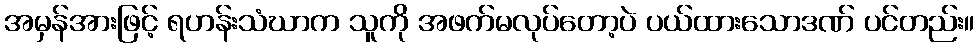
အမှန်အားဖြင့် ရဟန်းသံဃာက သူကို အဖက်မလုပ်တော့ပဲ ပယ်ထားသောဒဏ် ပင်တည်း။